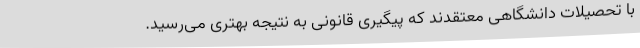
با تحصیلات دانشگاهی معتقدند که پیگیری قانونی به نتیجه بهتری می‌رسید.